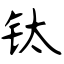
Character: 钛